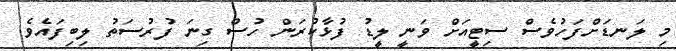
މި ލަނޑަށްފަހުވެސް ސިޓީއަށް ވަނީ ލީޑު ފުޅާކުރަން ހުސް ގިނަ ފުރުސަތު ލިބިފައެވެ.